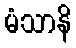
မံသာနိ